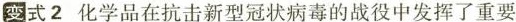
变式2化学品在抗击新型冠状病毒的战役中发挥了重要